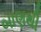
બાણથી